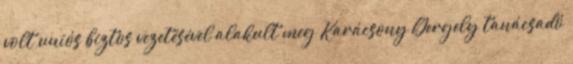
volt uniós biztos vezetésével alakult meg Karácsony Gergely tanácsadó